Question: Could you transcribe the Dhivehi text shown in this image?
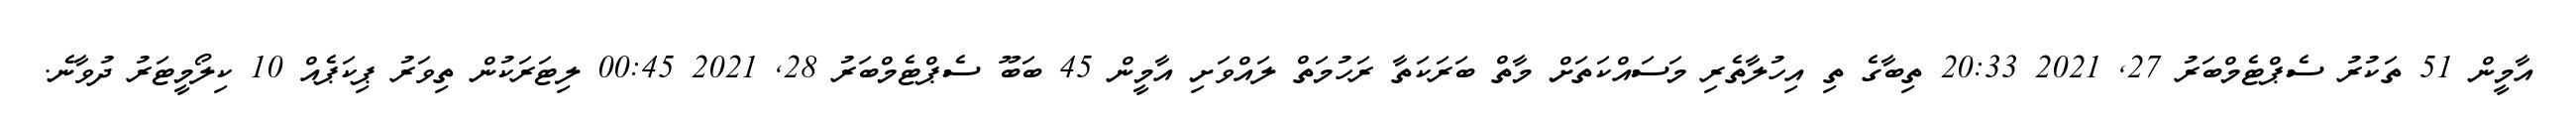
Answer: އާމީން 51 ތަކުރު ސެޕްޓެމްބަރު 27, 2021 20:33 ތިބާގެ ތި އިހުލާތެރި މަސައްކަތަށް މާތް ބަރަކަތާ ރަހުމަތް ލައްވަށި އާމީން 45 ބަބޫ ސެޕްޓެމްބަރު 28, 2021 00:45 ލިޓަރަކުން ތިވަރު ޕިކަޕެއް 10 ކިލޯމީޓަރު ދުވާނެ.